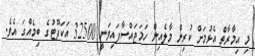
މި އިމާރާތް އެޅުމަށް ކުރިން މާލެއިން ހަމަޖައްސާފައިވަނީ 32500 އަކަފޫޓުގެ ބިމެއްގަ އެވެ.